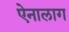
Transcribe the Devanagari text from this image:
ऐनालाग